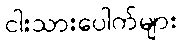
ငါးသားပေါက်များ